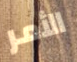
الأمر